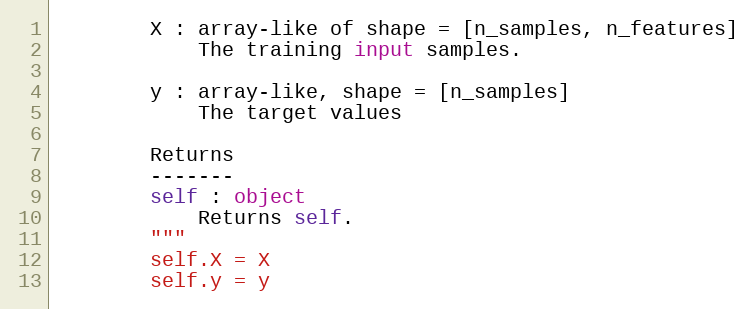
Language: Python
        X : array-like of shape = [n_samples, n_features]
            The training input samples.

        y : array-like, shape = [n_samples]
            The target values

        Returns
        -------
        self : object
            Returns self.
        """
        self.X = X
        self.y = y